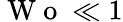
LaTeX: \mathrm{~W~o~}\ll 1